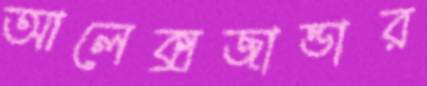
আলেক্সজান্ডার